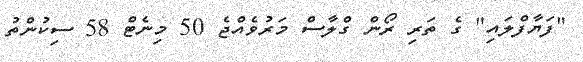
"ފަޔާފްލައި" ގެ ތަރި ރޯން ގްލާސް މަރުވެއްޖެ 50 މިނެޓް 58 ސިކުންތު